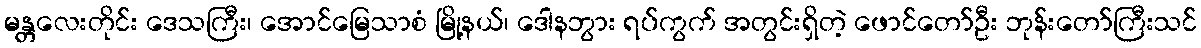
မန္တလေးတိုင်း ဒေသကြီး၊ အောင်မြေသာစံ မြို့နယ်၊ ဒေါနဘွား ရပ်ကွက် အတွင်းရှိတဲ့ ဖောင်တော်ဦး ဘုန်းတော်ကြီးသင်